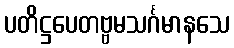
ပတိဋ္ဌပေတဗ္ဗမသင်္ဂမာနသေ